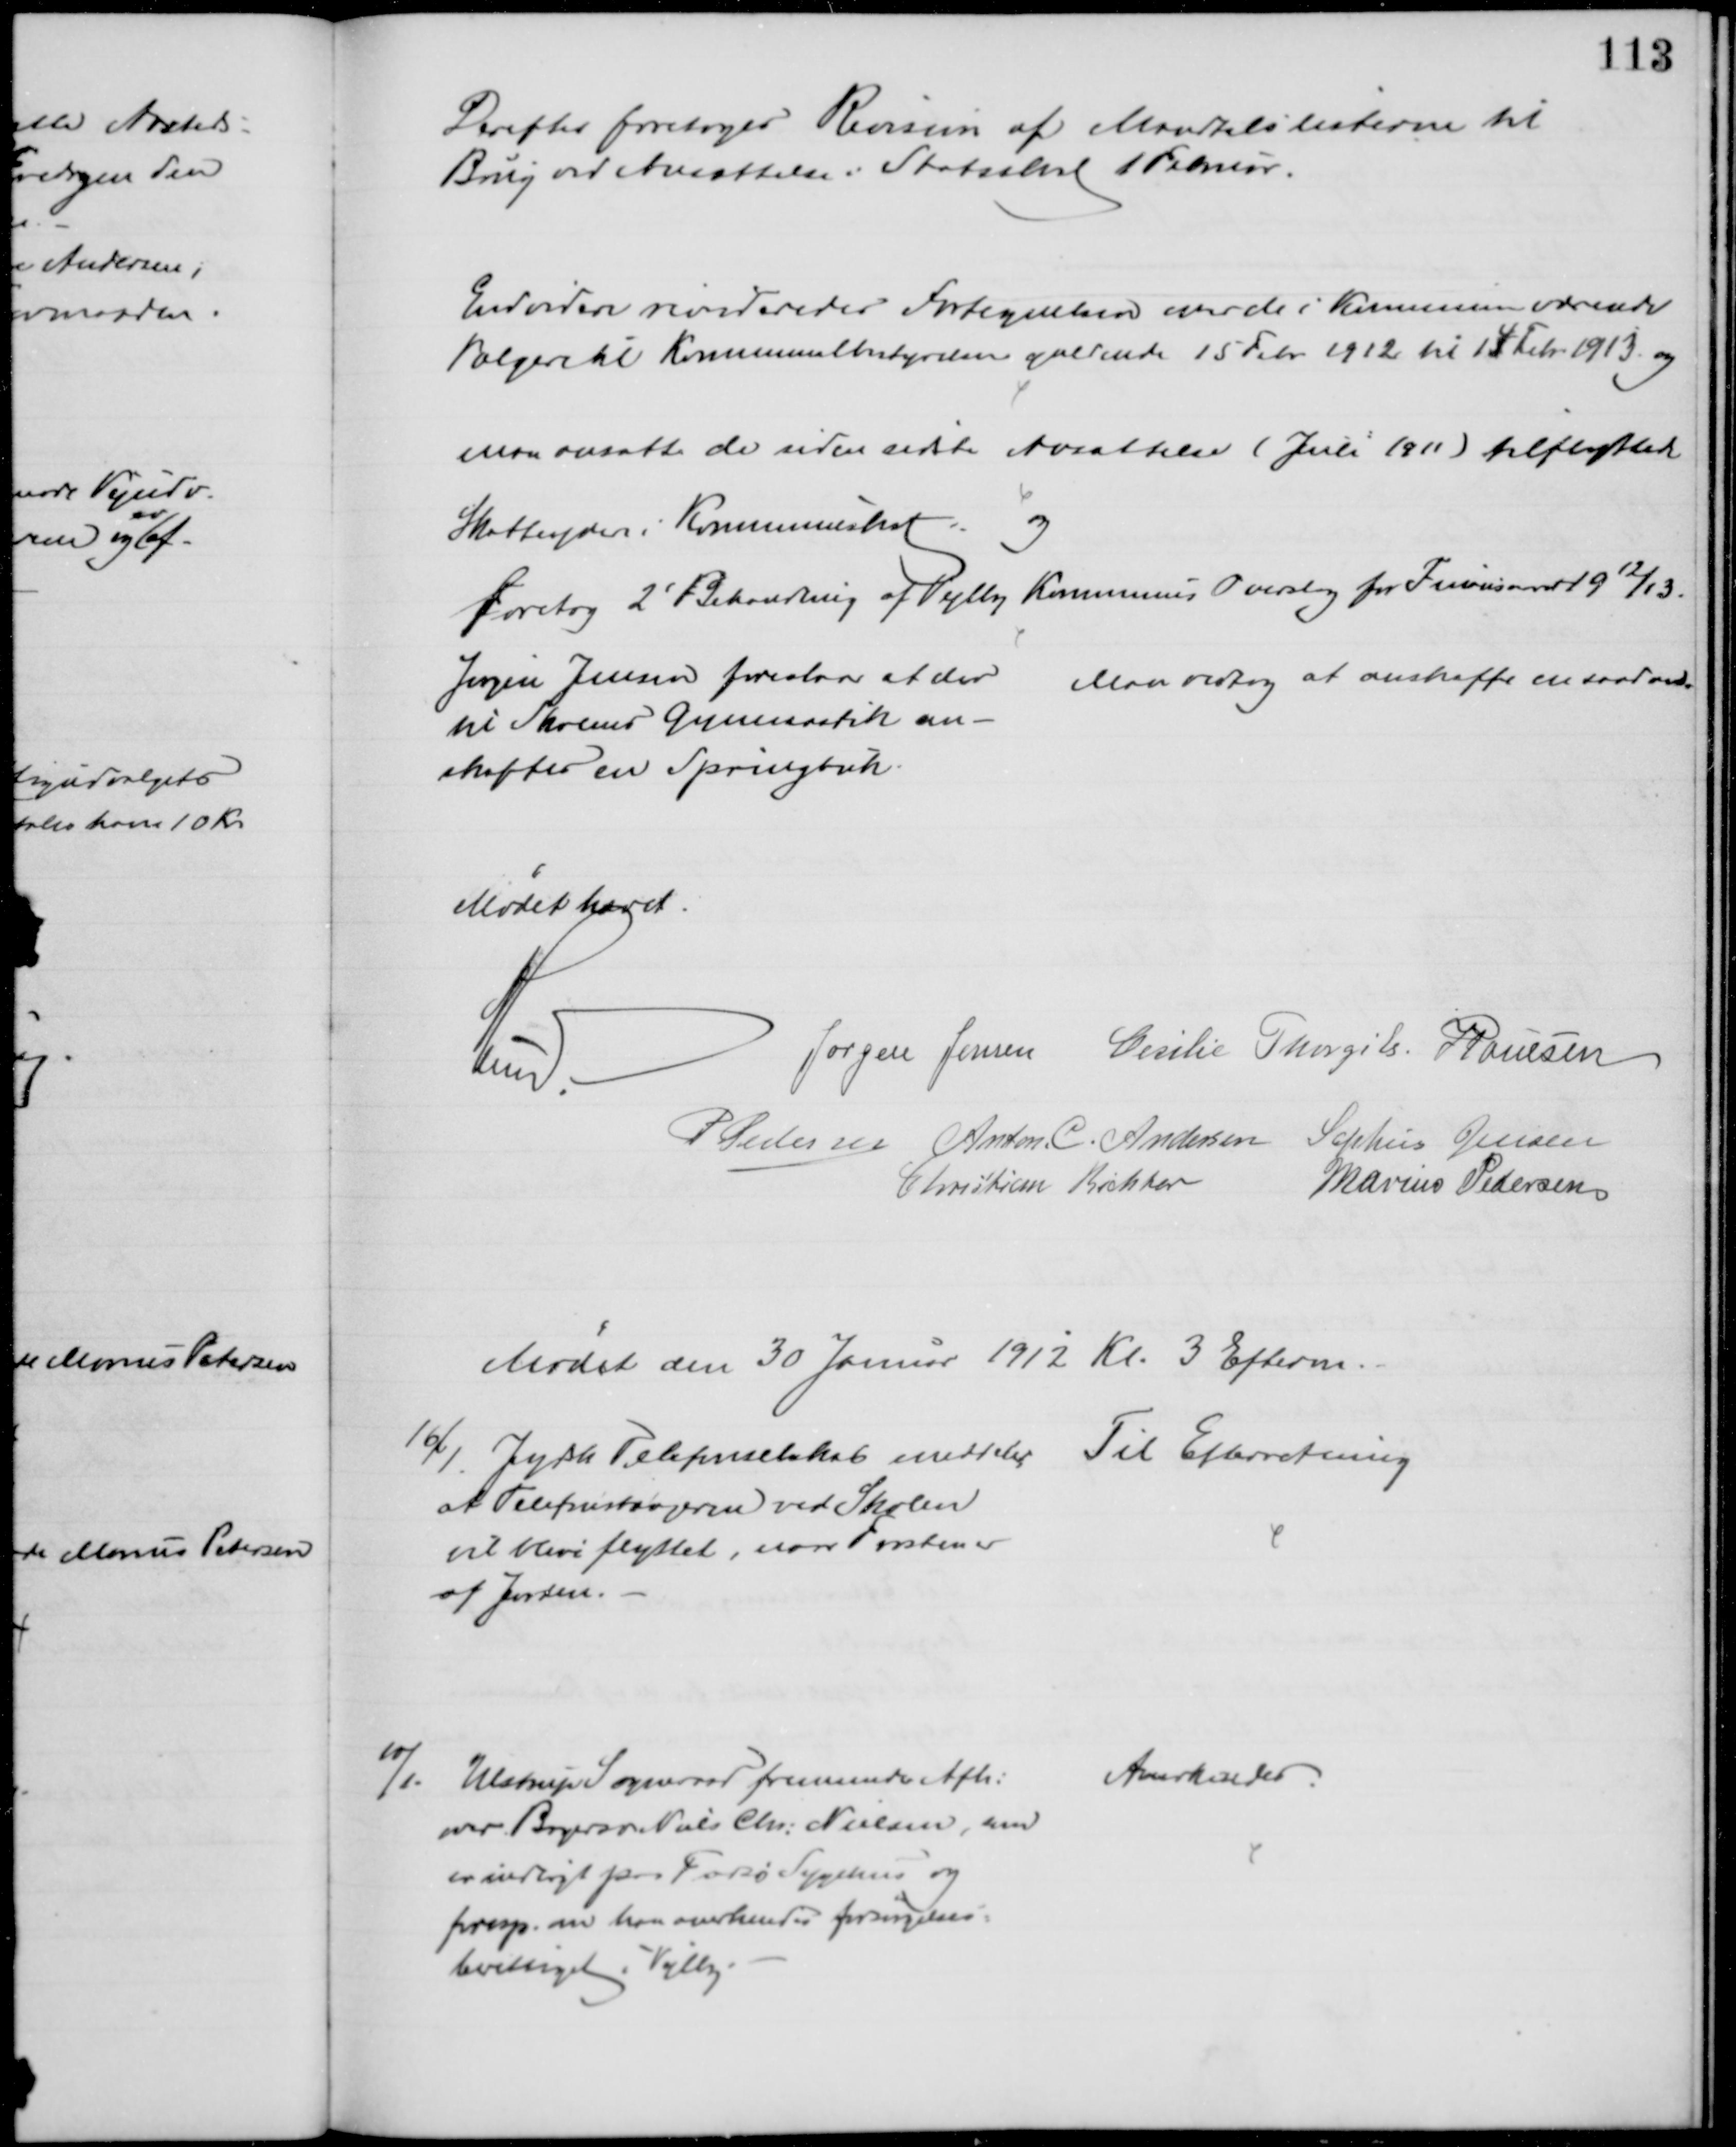
Transskription:
Derefter foretoges Revision af Mandtalslisterne til
Brug ved Ansættelse i Statskat 1 Februar.
Endvidere revideredes Fortegnelsen over de i Kommunen værende
Vælgere til Kommunalbestyrelsen gældende 15 Febr. 1912 til 14 Febr. 1913 og
Man ansatte de siden sidste Ansættelse (Juli 1911) tilflyttede
Skatteydere i Kommuneskat.
og
foretog 2' Behandling af Vejlby Kommunes Overslag for Finansaaret 1912/13.
Jørgen Jensen foreslaar at der
til Skolens Gymnastik an-
skaffes en Springbuk.
Man vedtog at anskaffe en saadan.
Mødet hævet.
A Lund.
Jørgen Jensen Cecilie Thorgils J Poulsen
P Pedersen Anton. C. Andersen Sophus Jensen
Christian Richter
Marius Pedersen
Mødet den 30 Januar 1912 Kl. 3 Efterm.
16/1 Jydsk Telefonselskab meddeler ,
at Telefonstængerne ved Skolen
vil blive flyttet, naar Frosten er
af Jorden.
Til Efterretning
10/1. Ulstrup Sogneraad fremsender Afh:
over Bagersv. Niels Chr. Nielsen, som
er indlagt paa Farsø Sygehus og
foresp. om han anerkendes forsørgelses=
berettiget i Vejlby.
Anerkendes